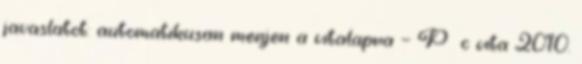
javaslatot: automatikusan menjen a vitalapra — P c vita 2010.